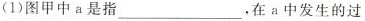
(1)图甲中a是指___，在a中发生的过